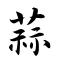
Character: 蒜